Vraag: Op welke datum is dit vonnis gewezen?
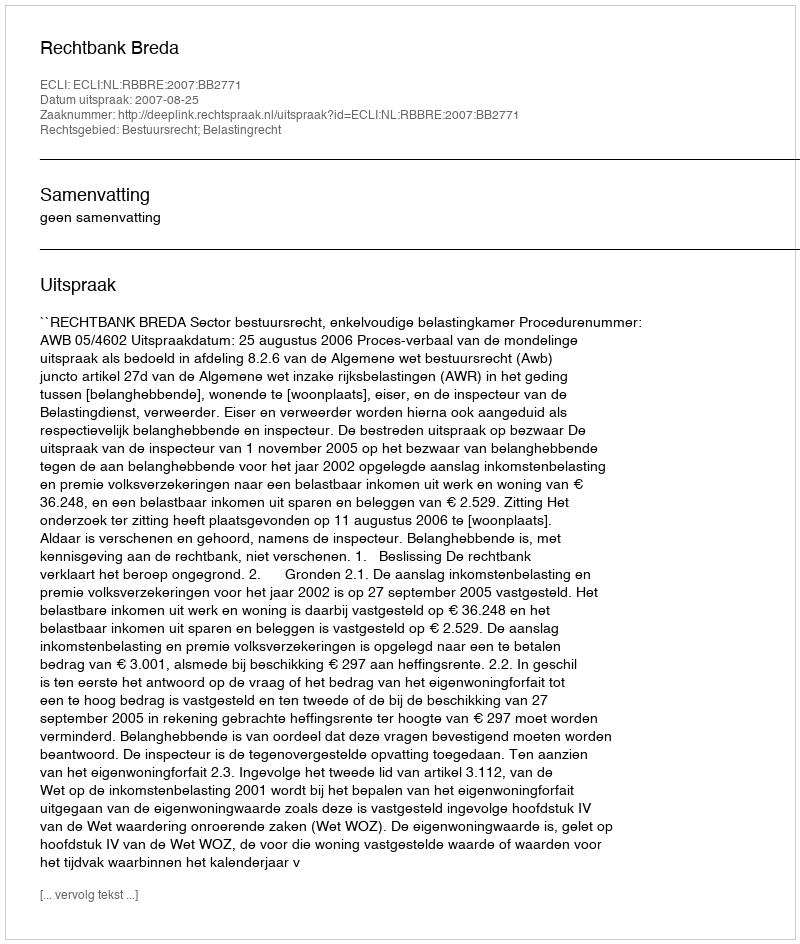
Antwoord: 2007-08-25